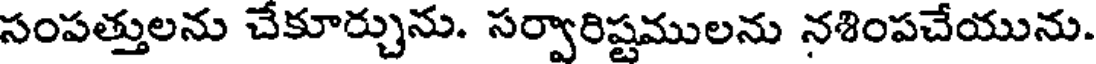
సంపత్తులను చేకూర్చును. సర్వారిష్టములను నశింపచేయును.